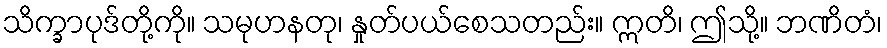
သိက္ခာပုဒ်တို့ကို။ သမုဟနတု၊ နှုတ်ပယ်စေသတည်း။ ဣတိ၊ ဤသို့။ ဘဏိတံ၊